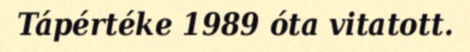
Tápértéke 1989 óta vitatott.